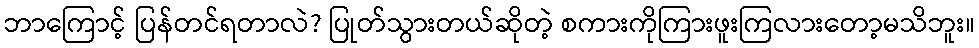
ဘာကြောင့် ပြန်တင်ရတာလဲ? ပြုတ်သွားတယ်ဆိုတဲ့ စကားကိုကြားဖူးကြလားတော့မသိဘူး။